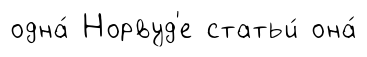
одна́ Норвуд'е статьи́ она́